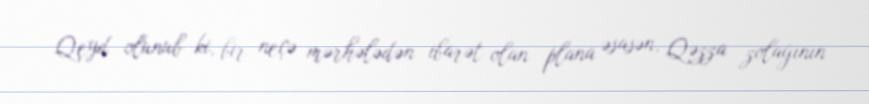
Qeyd olunub ki, bir neçə mərhələdən ibarət olan plana əsasən, Qəzza zolağının